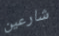
شارعين